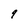
Character: 9